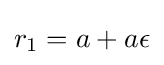
{\textstyle r_{1}=a+a\epsilon }